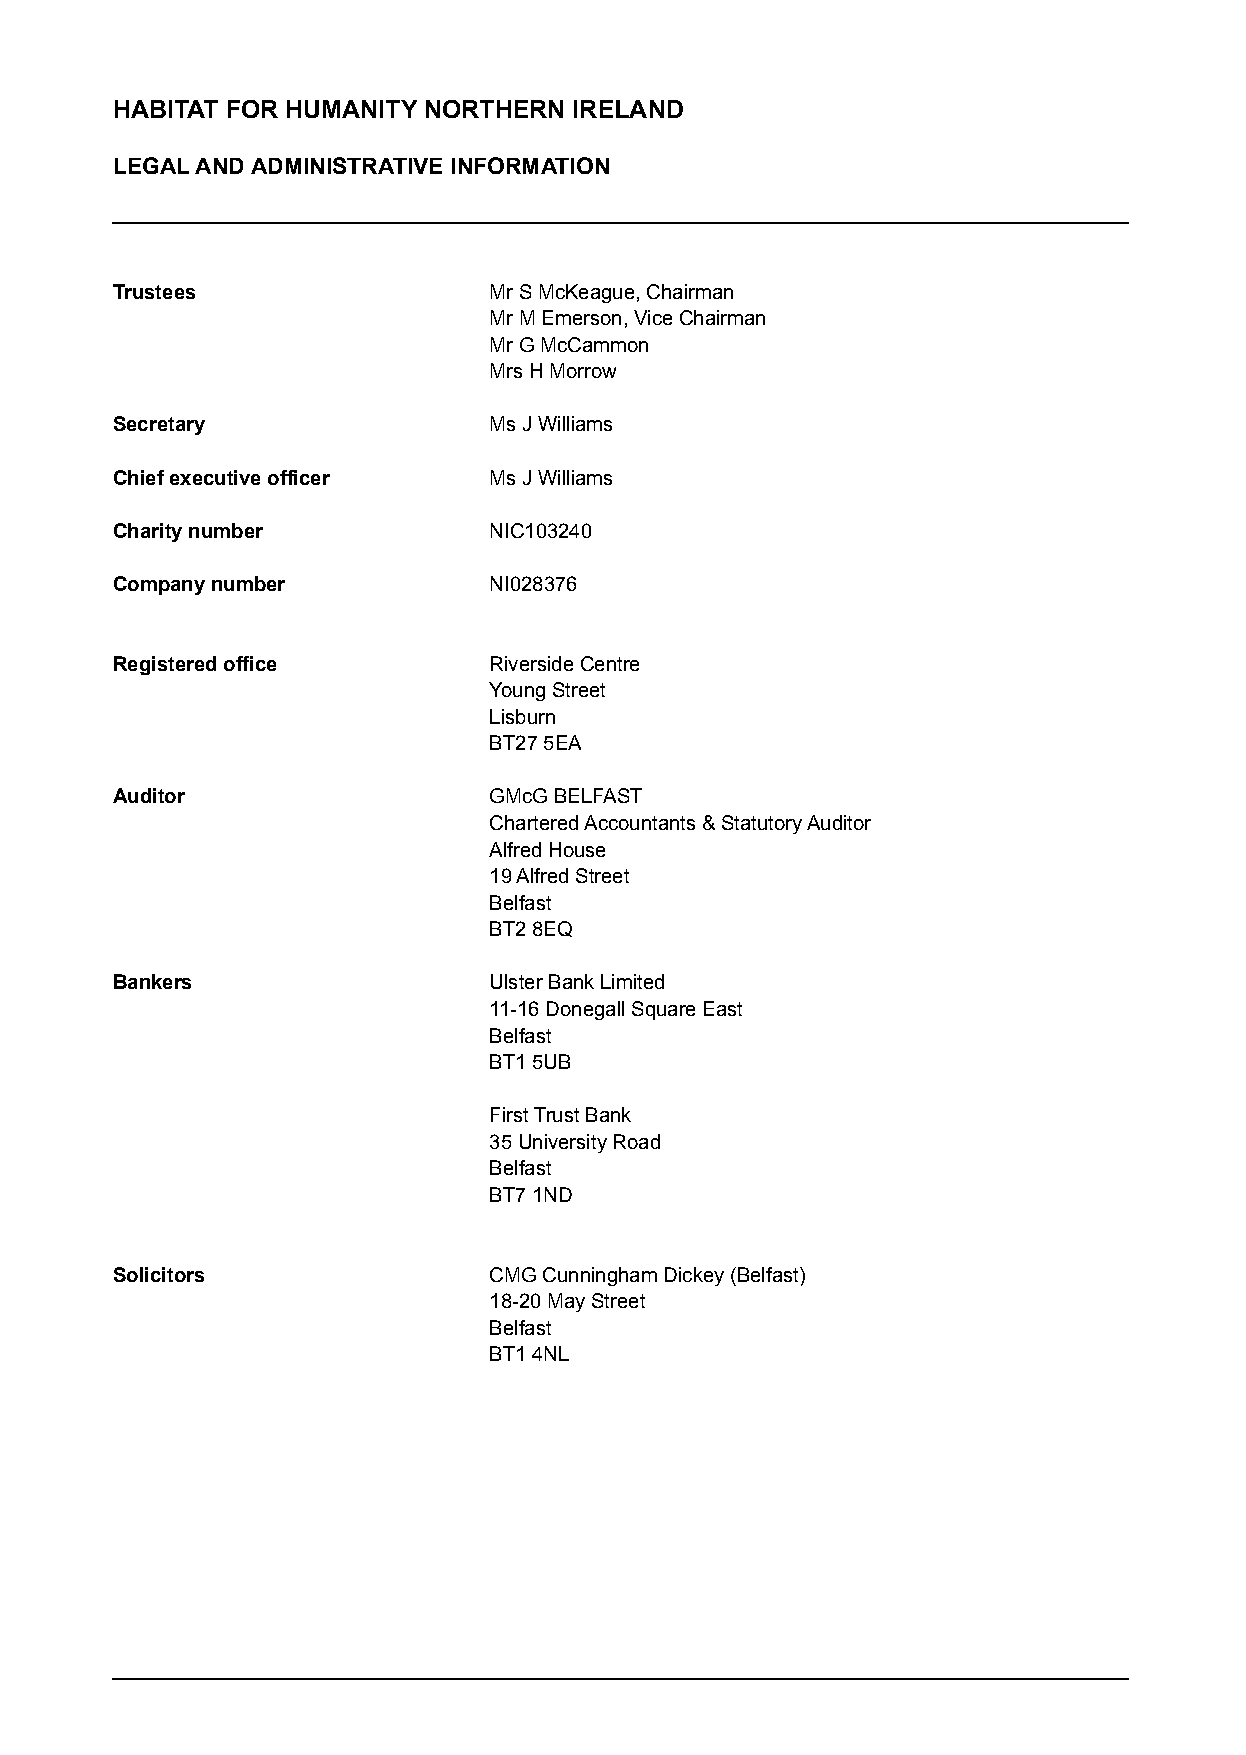
HABITAT FOR HUMANITY NORTHERN  IRELAND
 LEGAL AND ADMINISTRATIVE INFORMATION
 Trustees                 Mr S McKeague, Chairman
 Mr M Emerson, Vice Chairman
 Mr G McCammon
 Mrs H Morrow
 Secretary                Ms J Williams
 Chief executive officer  Ms J Williams
 Charity number           NIC103240
 Company number           NI028376
 Registered office        Riverside Centre
 Young Street
 Lisburn
 BT27 5EA
 Auditor                  GMcG BELFAST
 Chartered Accountants & Statutory Auditor
 Alfred House
 19 Alfred Street
 Belfast
 BT2 8EQ
 Bankers                  Ulster Bank Limited
 11-16 Donegall Square East
 Belfast
 BT1 5UB
 First Trust Bank
 35 University Road
 Belfast
 BT7 1ND
 Solicitors               CMG Cunningham Dickey (Belfast)
 18-20 May Street
 Belfast
 BT1 4NL